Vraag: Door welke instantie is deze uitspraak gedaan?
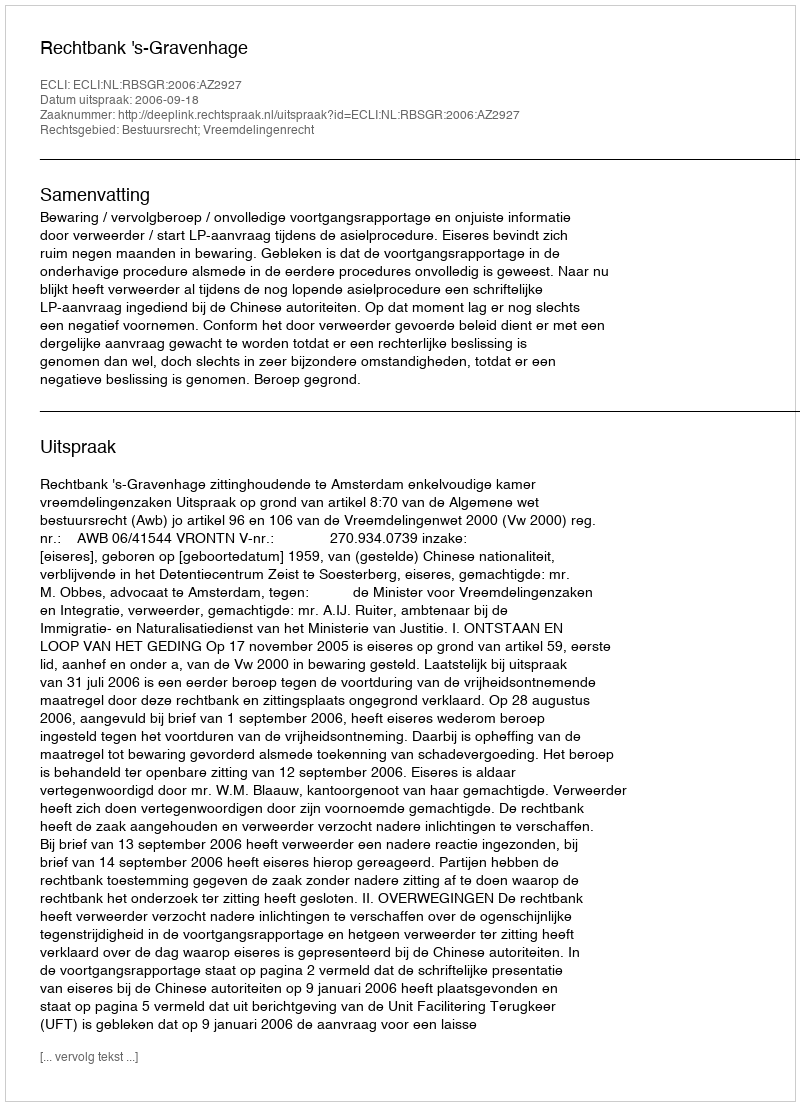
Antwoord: Rechtbank 's-Gravenhage